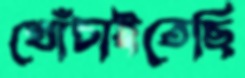
খোঁচাইতেছি